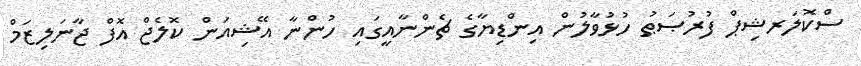
ސްކޮލަރޝިޕް ފުރުޞަޠު ހުޅުވާލުން އިންޑިޔާގެ ޗެންނާއީގައި ހުންނާ އޭޝިއަން ކޮލެޖް އޮފް ޖާނަލިޒަމް